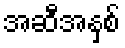
အဆီအနှစ်